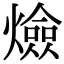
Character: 㷿